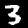
Label: 3